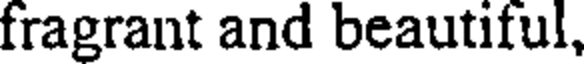
fragrant and beautiful,